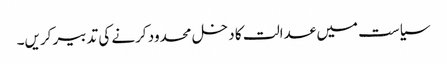
سیاست میں عدالت کا دخل محدود کرنے کی تدبیر کریں۔